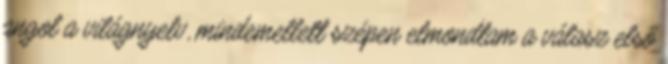
angol a világnyelv, mindemellett szépen elmondtam a válasz első